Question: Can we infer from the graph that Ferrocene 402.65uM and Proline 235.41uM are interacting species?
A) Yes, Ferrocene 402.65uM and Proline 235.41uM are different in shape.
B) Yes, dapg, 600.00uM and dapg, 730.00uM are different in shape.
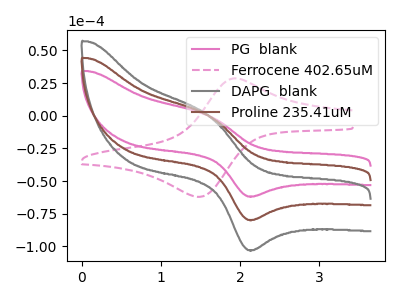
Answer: <think>The pink curve "PG  blank" has an anodic peak at (1.65V, -0.55uA) and a cathodic peak at (2.10V, -61.70uA). The pink dashed curve "Ferrocene 402.65uM" has an anodic peak at (1.95V, 28.65uA) and a cathodic peak at (1.45V, -61.95uA). The gray curve "DAPG  blank" has an anodic peak at (1.65V, -1.45uA) and a cathodic peak at (2.10V, -159.30uA). The brown curve "Proline 235.41uM" has an anodic peak at (1.65V, -0.75uA) and a cathodic peak at (2.10V, -79.65uA).
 "Ferrocene 402.65uM" and "Proline 235.41uM" have at least one peak that do not match.</think>
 <answer>A) Yes, "Ferrocene 402.65uM" and "Proline 235.41uM" are different in shape.</answer>
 <eval>A</eval>